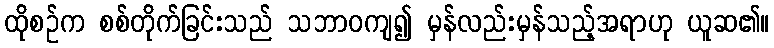
ထိုစဉ်က စစ်တိုက်ခြင်းသည် သဘာဝကျ၍ မှန်လည်းမှန်သည့်အရာဟု ယူဆ၏။